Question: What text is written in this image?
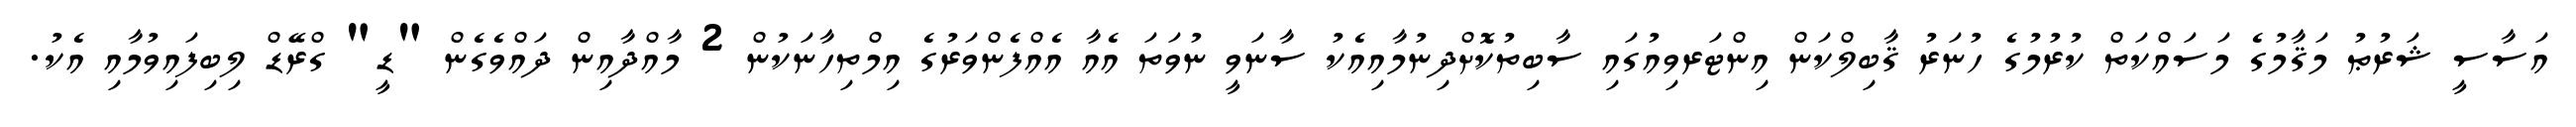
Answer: އަސާސީ ޝަރުޠު މަޤާމުގެ މަސައްކަތް ކުރުމުގެ ހުނަރު ޤާބިލްކަން އިންޓަރވިއުގައި ސާބިތުކޮށްދިނުމާއިއެކު ސާނަވީ ނުވަތަ އެއާ އެއްފެންވަރުގެ އިމްތިހާނަކުން 2 މާއްދާއިން ދައްވެގެން "ޑީ" ގްރޭޑް ލިބިފައިވުމާއި އެކު.